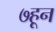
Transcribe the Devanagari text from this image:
७हून